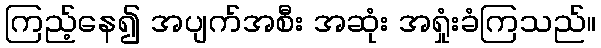
ကြည့်နေ၍ အပျက်အစီး အဆုံး အရှုံးခံကြသည်။